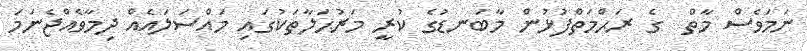
ނަމަވެސް މާތް  ގެ ރަޙްމަތްފުޅުން މާބަނޑުގެ ކުރީ މަރުޙަލާތަކުގައި މައްސަލައެއް ދިމާވެއްޖެނަމަ